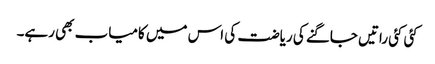
کئی کئی راتیں جاگنے کی ریاضت کی اس میں کامیاب بھی رہے۔